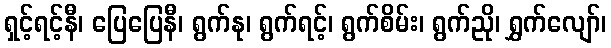
ရှင့်ရင့်နီ၊ ပြေပြေနီ၊ ရွက်နု၊ ရွက်ရင့်၊ ရွက်စိမ်း၊ ရွက်ညို၊ ရွှက်လျော်၊